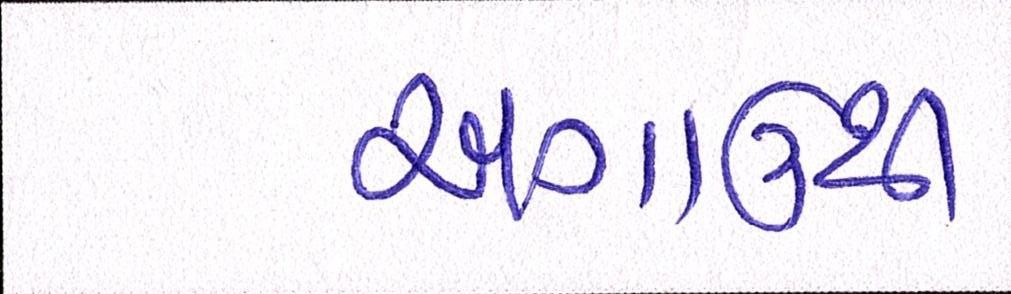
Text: અગાઉથી